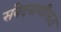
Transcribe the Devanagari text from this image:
संवेदनाशीलता